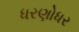
ધરણોધર